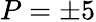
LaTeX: P=\pm 5